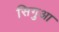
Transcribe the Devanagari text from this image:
सिगुआ